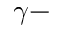
\gamma -